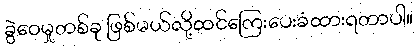
ခွဲဝေမှုတစ်ခု ဖြစ်မယ်လို့ထင်ကြေးပေးခံထားရတာပါ။